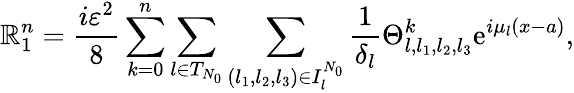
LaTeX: {\mathbb{R}}_{1}^{n}=\frac{{i\varepsilon^{2}}}{{8}}\sum_{k=0}^{n}\sum_{l\in{T}_{N_{0}}}\sum_{\left(l_{1},l_{2},l_{3}\right)\in{I}_{l}^{N_{0}}}\frac{{1}}{{\delta_{l}}}\Theta_{l,l_{1},l_{2},l_{3}}^{k}\textrm{{e}}^{i\mu_{l}(x-a)},